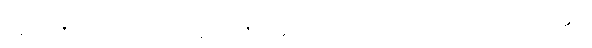
အပရာဇိတောဂဟပတိ၊ အပရာဇိတမည်သောဒါယကာသည်။ ဘာတိကတ္ထေရံ၊